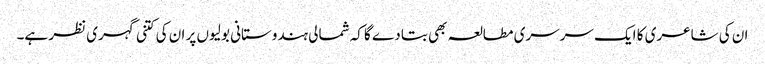
ان کی شاعری کا ایک سرسری مطالعہ بھی بتا دے گا کہ شمالی ہندوستانی بولیوں پر ان کی کتنی گہری نظر ہے۔